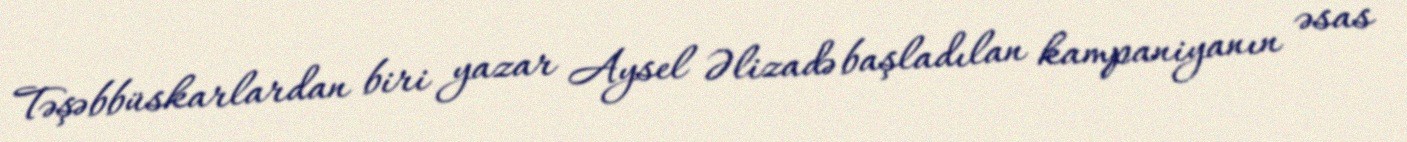
Təşəbbüskarlardan biri yazar Aysel Əlizadə başladılan kampaniyanın əsas